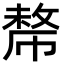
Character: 𢄡